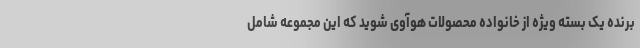
برنده یک بسته ویژه از خانواده محصولات هوآوی شوید که این مجموعه شامل